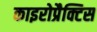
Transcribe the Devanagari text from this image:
काइरोप्रैक्टिस